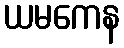
ယမကေန